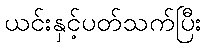
ယင်းနှင့်ပတ်သက်ပြီး